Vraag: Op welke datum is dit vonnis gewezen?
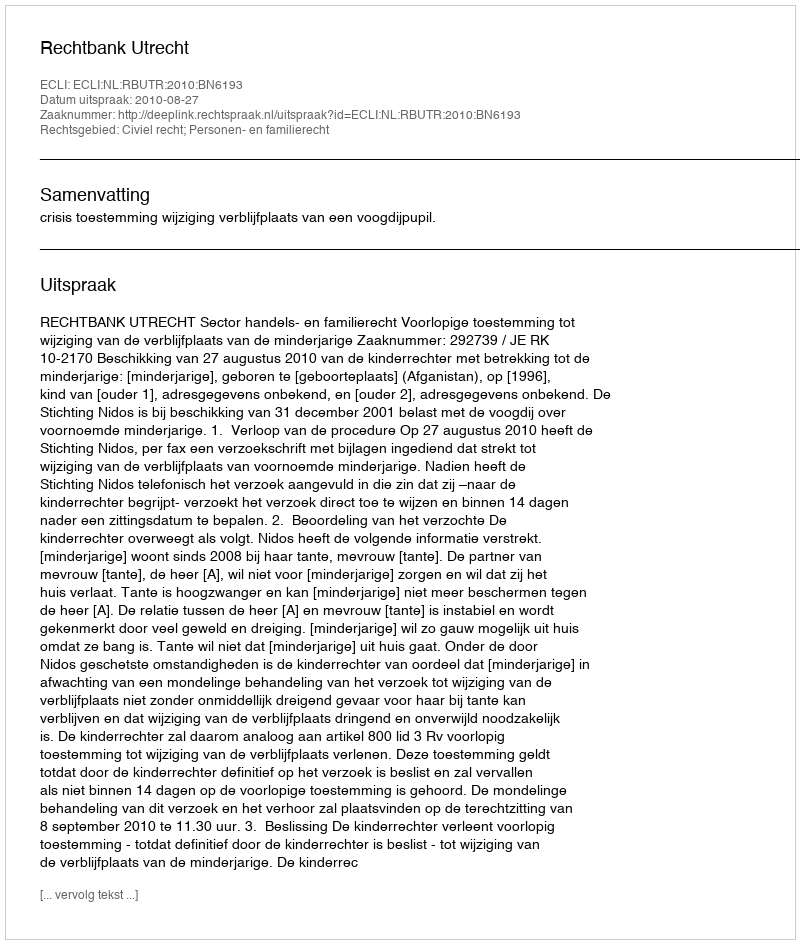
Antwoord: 2010-08-27